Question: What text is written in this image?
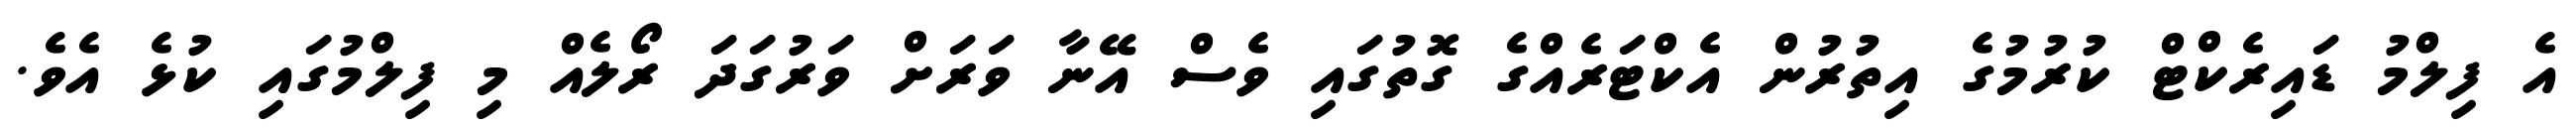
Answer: އެ ފިލްމު ޑައިރެކްޓް ކުރުމުގެ އިތުރުން އެކްޓަރެއްގެ ގޮތުގައި ވެސް އޭނާ ވަރަށް ވަރުގަދަ ރޯލެއް މި ފިލްމުގައި ކުޅެ އެވެ.